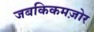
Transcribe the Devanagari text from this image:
जबकिकमज़ोर